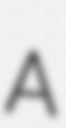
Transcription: A